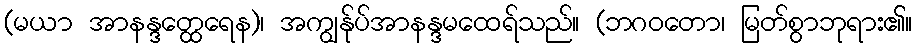
(မယာ အာနန္ဒတ္ထေရေန)၊ အကျွန်ုပ်အာနန္ဒမထေရ်သည်။ (ဘဂဝတော၊ မြတ်စွာဘုရား၏။